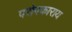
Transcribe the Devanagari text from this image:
परोपकाराय